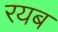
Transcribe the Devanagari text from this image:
रयब